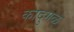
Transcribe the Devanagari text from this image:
कादुगळ्